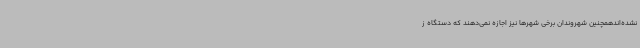
نشده‌اندهمچنین شهروندان برخی شهرها نیز اجازه نمی‌دهند که دستگاه ز